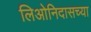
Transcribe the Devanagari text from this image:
लिओनिदासच्या